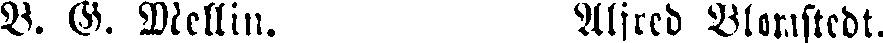
B. G. Mellin. Alfred Blomstedt.